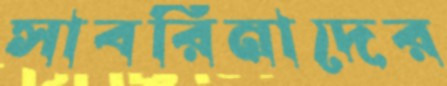
সাবরিনাদের